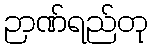
ဉာဏ်ရည်တု